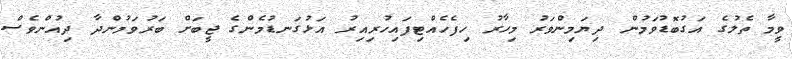
ވީމާ ތެލުގެ އަގުބޮޑުވަމުން ދިޔަމިންވަރު މިހާރު ހިފެހެއްޓިފައިހުރިއިރު އަޅުގަނޑުމެންގެ ޖީބަށް ބަރުވަމުންދާ ދިއުންވެސް